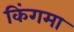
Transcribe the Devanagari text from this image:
किंगमा